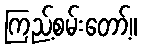
ကြည့်စမ်းတော့်။